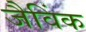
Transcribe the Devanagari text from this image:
जैविंक